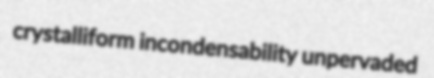
crystalliform incondensability unpervaded